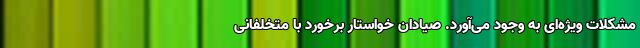
مشکلات ویژه‌ای به وجود می‌آورد. صیادان خواستار برخورد با متخلفانی